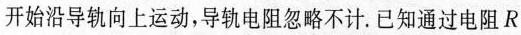
开始沿导轨向上运动，导轨电阻忽略不计。已知通过电阻R